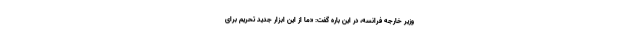
وزیر خارجه فرانسه، در این باره گفت: «ما از این ابزار جدید تحریم برای